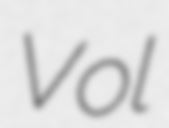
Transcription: Vol